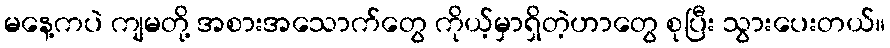
မနေ့ကပဲ ကျမတို့ အစားအသောက်တွေ ကိုယ့်မှာရှိတဲ့ဟာတွေ စုပြီး သွားပေးတယ်။